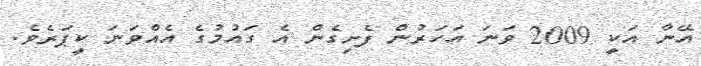
އޭނާ އަކީ 2009 ވަނަ އަހަރުން ފެށިގެން އެ ގައުމުގެ އެއްވަނަ ކީޕަރެވެ.